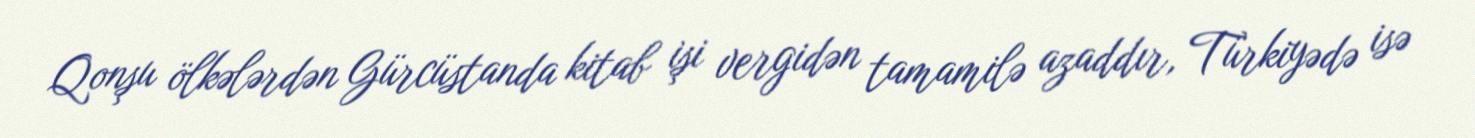
Qonşu ölkələrdən Gürcüstanda kitab işi vergidən tamamilə azaddır, Türkiyədə isə